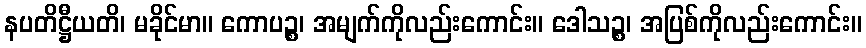
နပတိဋ္ဌီယတိ၊ မခိုင်မာ။ ကောပဉ္စ၊ အမျက်ကိုလည်းကောင်း။ ဒေါသဉ္စ၊ အပြစ်ကိုလည်းကောင်း။